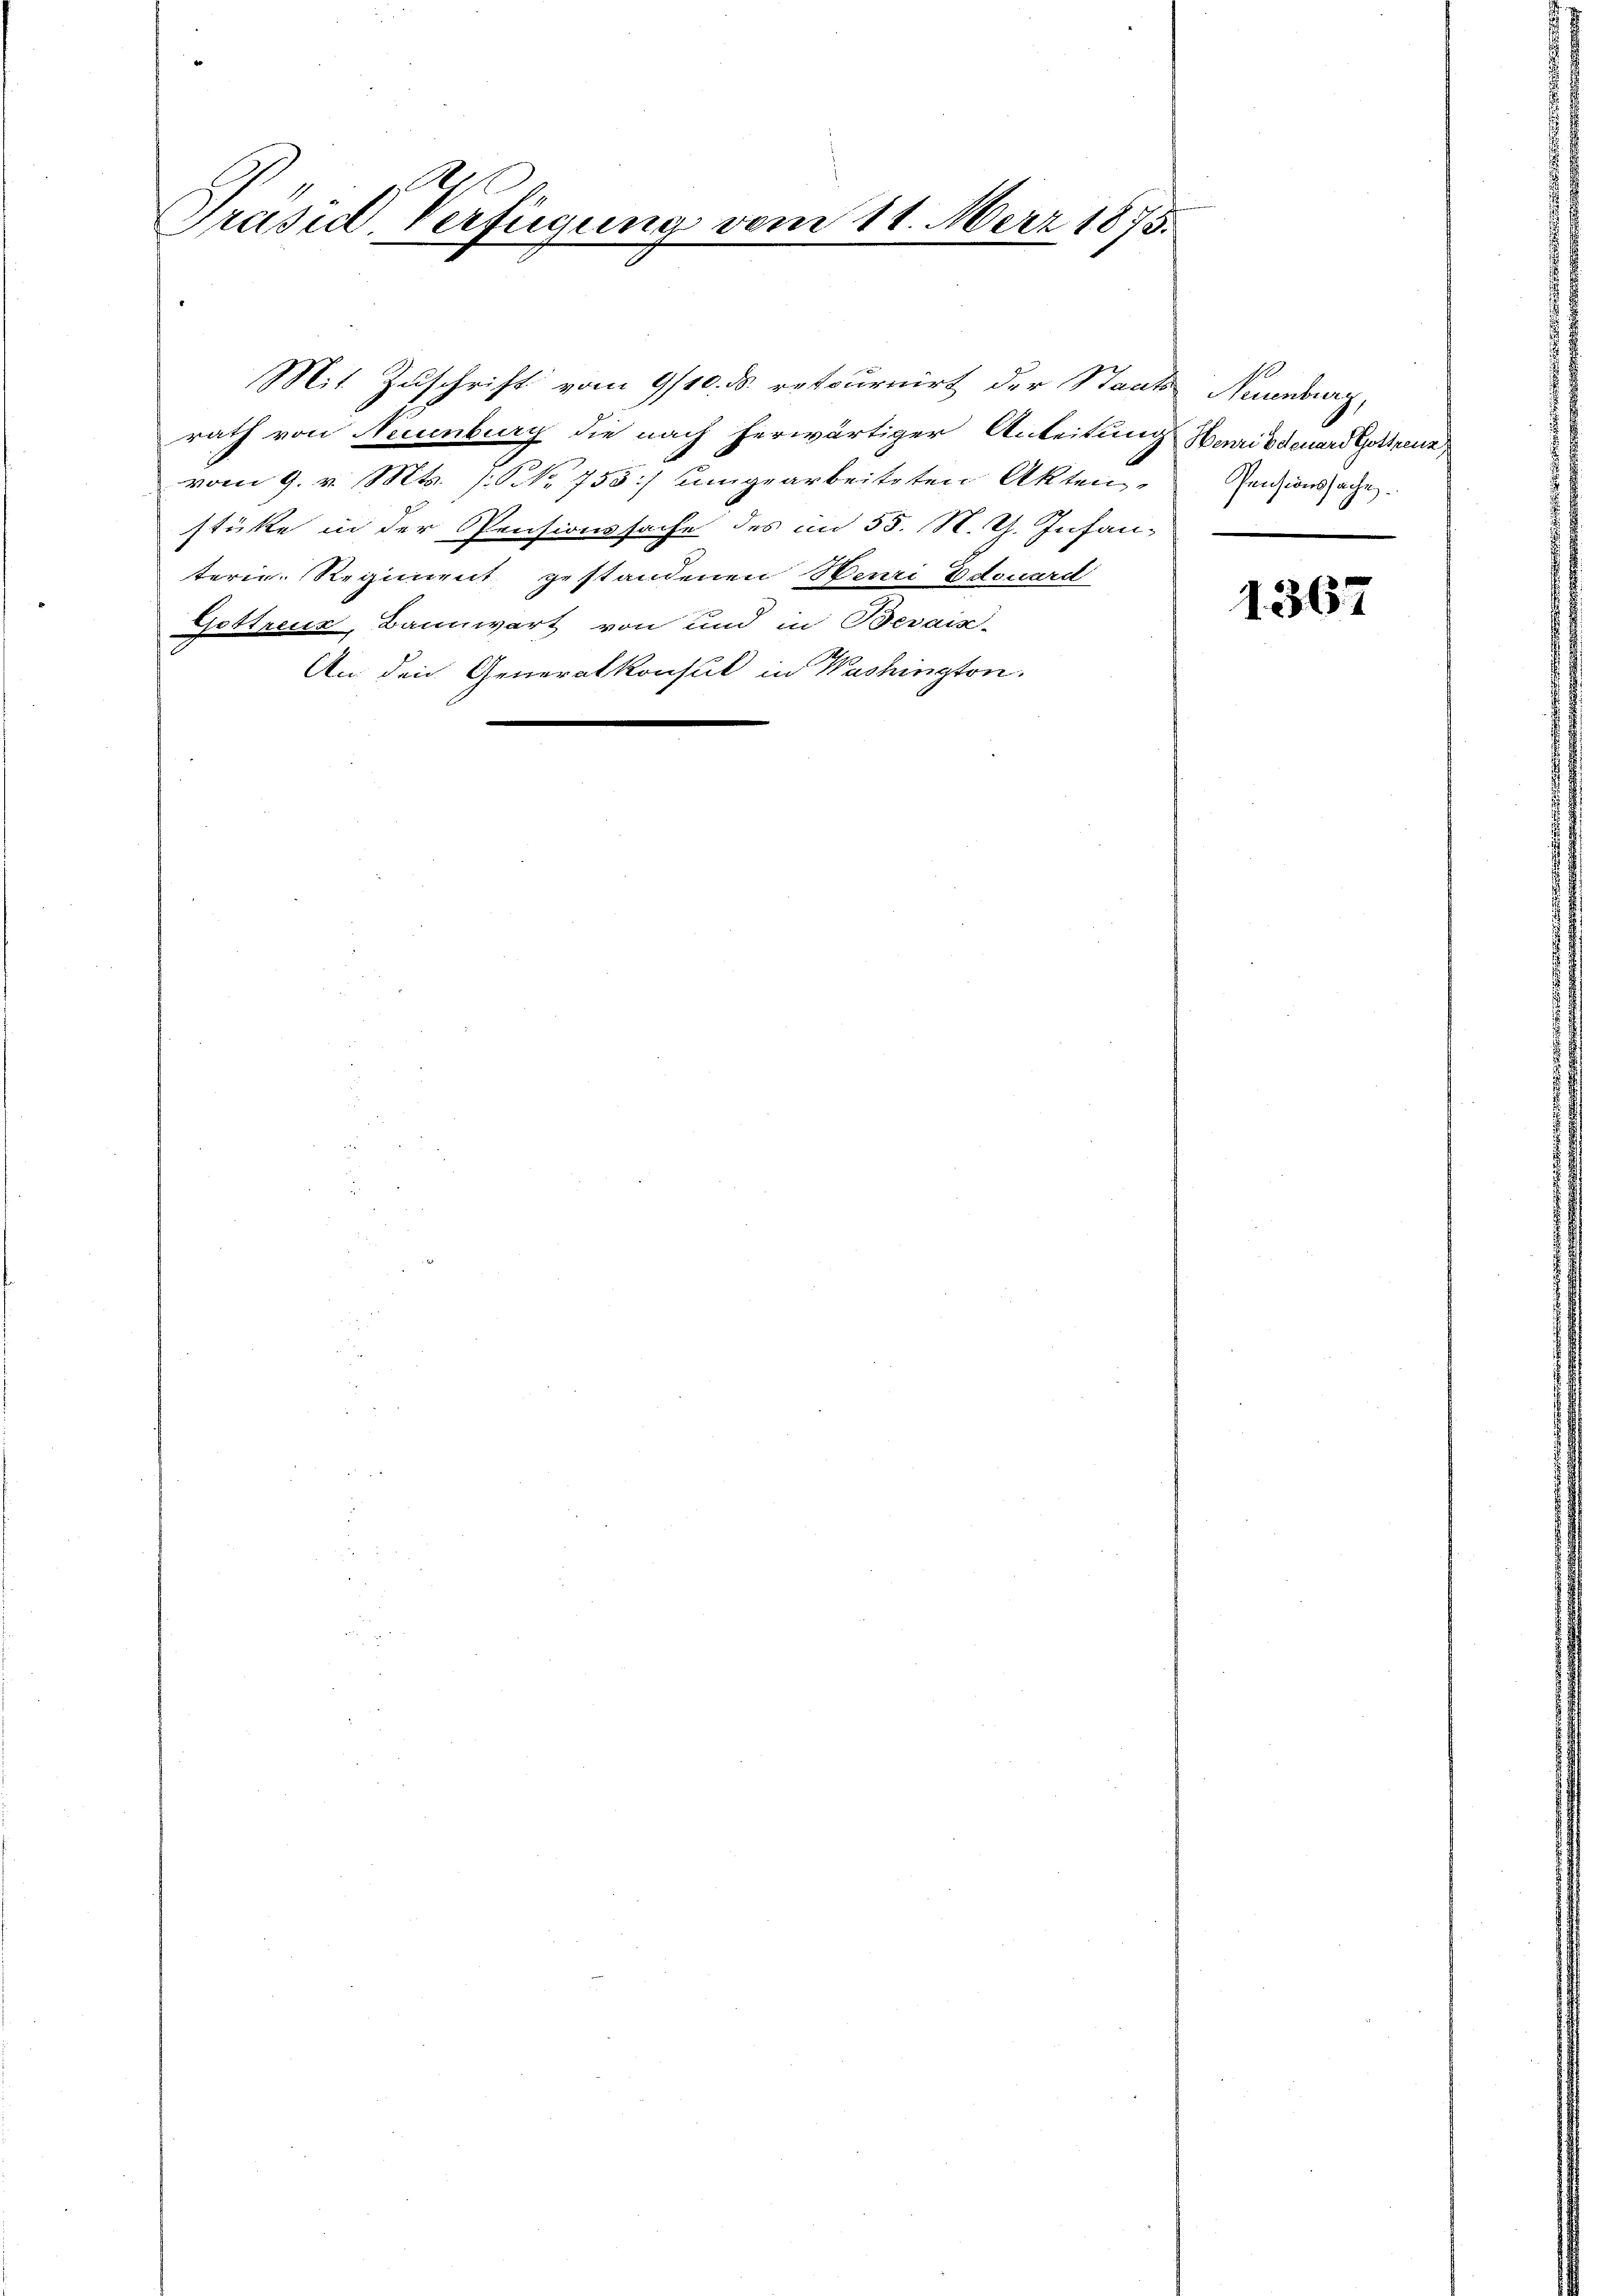
Präsid. Verfügung vom 11. März 1875.

rath von Neuenburg die nach herwärtiger Anleitung Hemildenartiren,
vom 9. v. Mts. s. NNo. 755/ uungearbeiteten Akten
stüke in der Pensionssache des im 55. N. Th. Infanterie. Regiment gestandenen Neuri Edouard
Gostreuz, Bannwart von und in Berain-
An den Generalkonsul in Washington.

Mit Zuschrift vom 9/10. ds. retournirt der Staats Neuenburg,

Pensionssache.

1367